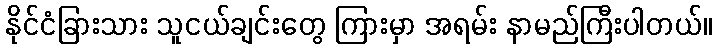
နိုင်ငံခြားသား သူငယ်ချင်းတွေ ကြားမှာ အရမ်း နာမည်ကြီးပါတယ်။